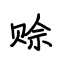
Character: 赊